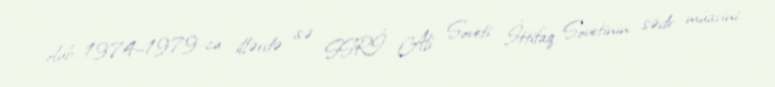
olub, 1974–1979-cu illərdə isə SSRİ Ali Soveti İttifaq Sovetinin sədr müavini